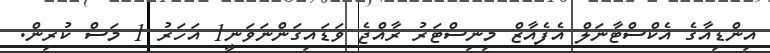
އިންޑިއާގެ އެކްސްޓާނަލް އެފެއާޒް މިނިސްޓަރު ރާއްޖެ ވަޑައިގަންނަވަނީ1 އަހަރު 1 މަސް ކުރިން.